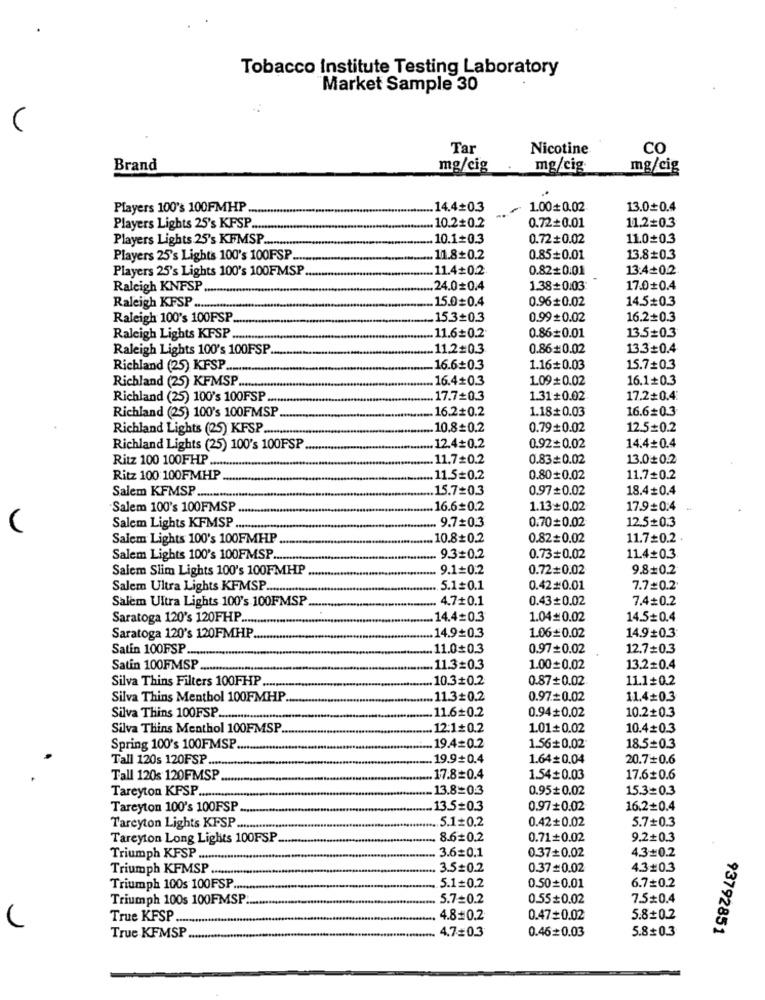
Tobacco Institute Testing Laboratory
Market Sample 30
V
Tar
Nicotine
co
Brand
mg/cig
mg/cig
mg/cig
Players 100's 100FMHP
14.4=0.3
1.000.02
13.0+0.4
Players Lights 25's KFSP ...
10.2+0.2
0.72+0.01
11.2=0.3
Players Lights 25's KFMSP .....
10.1+0.3
0.72+0.02
11.0+0.3
Players 25's Lights 100's 100FSP ...
11.8+0.2
0.85+0.01
13.8=0.3
Players 25's Lights 100's 100FMSP.
11.4+0.2
0.82+0.01
13:4+0.2
Raleigh KNFSP
.. 24.00.4
1.38+0.03
17.0+0.4
Raleigh KFSP ..
.. 15.0=0.4
0.96+ 0.02
14.5=0.3
Raleigh 100's 100FSP.
15.3=0.3
0.99+0.02
16.2+0.3
13.5=0.3
Raleigh Lights KFSP .
11.6+0.2
0.86=0.01
Raleigh Lights 100's 100FSP
11.2=0.3
0.86#0.02
13.3=0.4
Richland (25) KFSP .......
16.6+0.3
1.16=0.03
15.7+0.3
16.4+0.3
1.09#0.02
16.1+0.3
Richland (25) KFMSP .......
Richland (25) 100's 100FSP ......
17.7+0.3
1.31+0.02
17.2+0.4
16.2#0.2
1.18+0.03
16.6=0.3
Richland (25) 100's 100FMSP
Richland Lights (25) KFSP
10.8=0.2
0.79+0.02
12.5=0.2
Richland Lights (25) 100's 100FSP
12.4=0.2
0.92=0.02
14.4+0.4
Ritz 100 100FHP .......
11.7#0.2
0.83=0.02
13.0+0.2
Ritz 100: 100FMHP
11.5=0.2
0.800.02
11.7+0.2
Salem KFMSP ..
15.7=0.3
0.97=0.02
18.4#0.4
-Salem 100's 100FMSP
16.6=0.2
1.13+0.02
17.9=0:4
9.7=0.3
0.70=0.02
12.5+0.3
Salem Lights KFMSP ......
Salem Lights 100's 100FMHP ...
10.8+0.2
0.82=0.02
11.7=0.2 .
Salem Lights 100's 100FMSP .....
9.3=0.2
0.73=0.02
11.4+0.3
Salem Slim Lights 100's 100FMHP
9.1=0.2
0.72=0.02
9.8+0.2
Salem Ultra Lights KFMSP .............
5.1=0.1
0.42#0.01
7.7=0.2
Salem Ultra Lights 100's 100FMSP
4.7+0.1
0.43+0.02
7.4#0.2
Saratoga 120's 120FHP ..
14.4=0.3
1.04=0.02
14.5=0.4
Saratoga 120's 120FMHP.
14.9=0.3
1.06=0.02
14.9+0.3:
Satin 100FSP ....
11.0+0.3
0.97+0.02
12.7=0.3
Satin 100FMSP
.. 11.3=0.3
1.00=0.02
13.2=0.4
Silva Thins Filters 100FHP
10.3+0.2
0.87+0.02
11.1+0.2
Silva Thins Menthol 100FMHP
11.3+0.2
0.97=0.02
11.4+0.3
11.6=0.2
0.94 0.02
10.2+0.3
Silva Thins 100FSP .............
Silva Thins Menthol 100FMSP
12:1+0.2
1.01+0.02
10.4+0.3
Spring 100's 100FMSP
19.4=0.2
1.56+0.02
18.5=0.3
Tall 120s 120FSP ....
19.9+0.4
1.64= 0.04
20.7+0.6
Tall 120s 120FMSP
17.8=0.4
1.54+0.03
17.6+0.6
Tareyton KFSP ..
13.8=0.3
0.95# 0.02
15.3=0.3
Tareyton 100's 100FSP
13.5=0.3
0.97+0.02
16.2=0.4
5.1=0.2
0.42+0.02
5.7+0.3
Tareyton Lights KPSP ..........
Tareyton Long Lights 100FSP
8.6=0.2
0.71+0.02
9.2+0.3
3.6=0.1
0.37+0.02
4.3=0.2
Triumph KFSP ......
Triumph KFMSP.
3.5=0.2
0.37=0.02
4.3#0.3
Triumph 100s 100FSP ....
5.1=0.2
0.50=0.01
6.7=0.2
Triumph 100s 100FMSP:
5.7=0.2
0.55+0.02
7.50.4
True KFSP ...
4.8=0.2
0.47+0.02
5.8+0.2
4.7=0.3
0.46=0.03
5.80.3
93792851
True KFMSP